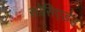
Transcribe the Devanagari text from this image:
सोसिएडेड